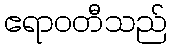
ဧရာဝတီသည်